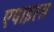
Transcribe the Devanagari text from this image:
एपाइरस